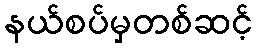
နယ်စပ်မှတစ်ဆင့်